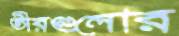
তীরগুলোর